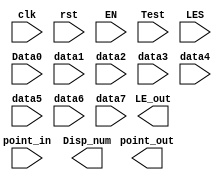
module 		Multi_8CH32(input clk,
								input rst,
								input EN,								//Write EN
								input[2:0]Test,						//ALU&Clock,SW[7:5]	
								input[63:0]point_in,					//88
								input[63:0]LES,					//88
								input[31:0] Data0,					//disp_cpudata
								input[31:0] data1,
								input[31:0] data2,
								input[31:0] data3,
								input[31:0] data4,
								input[31:0] data5,
								input[31:0] data6,
								input[31:0] data7,
								output [7:0] point_out,
								output [7:0] LE_out,
								output [31:0]Disp_num
								);
									
	
endmodule